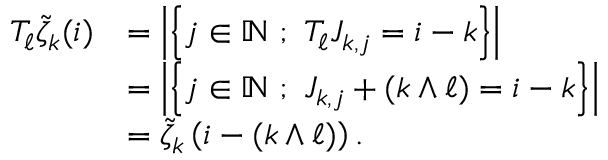
\begin{array} { r l } { T _ { \ell } \tilde { \zeta } _ { k } ( i ) } & { = \left| \left\{ j \in { \mathbb { N } } \ ; \ T _ { \ell } J _ { k , j } = i - k \right\} \right| } \\ & { = \left| \left\{ j \in { \mathbb { N } } \ ; \ J _ { k , j } + ( k \wedge \ell ) = i - k \right\} \right| } \\ & { = \tilde { \zeta } _ { k } \left( i - ( k \wedge \ell ) \right) . } \end{array}